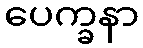
ပေက္ခနာ